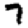
Digit: 7